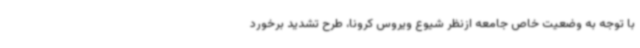
با توجه به وضعیت خاص جامعه ازنظر شیوع ویروس کرونا، طرح تشدید برخورد